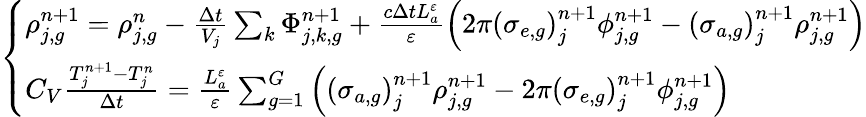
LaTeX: \left\{ \begin{array}{l}{{\rho_{j,g}^{n\mathrm{+1}}=\rho_{j,g}^{n}-\frac{\Delta t}{V_{j}}\sum_{k}\Phi_{j,k,g}^{n+1}+\frac{c\Delta tL_{a}^{\varepsilon}}{\varepsilon}\left(2\pi\left(\sigma_{e,g}\right)_{j}^{n+1}\phi_{j,g}^{n\mathrm{+1}}-\left(\sigma_{a,g}\right)_{j}^{n+1}\rho_{j,g}^{n\mathrm{+1}}\right)}}\\ {{C_{V}\frac{T_{j}^{n+1}-T_{j}^{n}}{\Delta t}=\frac{L_{a}^{\varepsilon}}{\varepsilon}\sum_{g=1}^{G}\left(\left(\sigma_{a,g}\right)_{j}^{n+1}\rho_{j,g}^{n\mathrm{+1}}-2\pi\left(\sigma_{e,g}\right)_{j}^{n+1}\phi_{j,g}^{n\mathrm{+1}}\right)}}\end{array}\right.